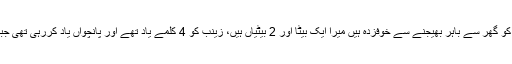
انہوں نے کہا کہ ہم پچھلے 2 سالوں سے بچیوں کو گھر سے باہر بھیجنے سے خوفزدہ ہیں ٗمیرا ایک بیٹا اور 2 بیٹیاں ہیں، زینب کو 4 کلمے یاد تھے اور پانچواں یاد کررہی تھی جبکہ وہ ہر وقت درود شریف بھی پڑھا کرتی تھی۔